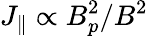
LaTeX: J_{\parallel}\propto B_{p}^{2}/B^{2}